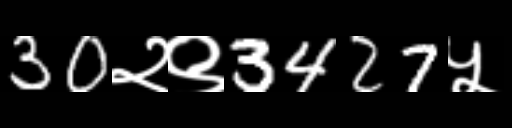
Text: 30२९3427५